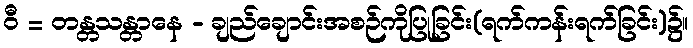
ဝီ = တန္တသန္တာနေ - ချည်ချောင်းအစဉ်ကိုပြုခြင်း(ရက်ကန်းရက်ခြင်း)၌။